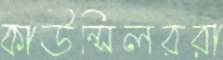
কাউন্সিলররা